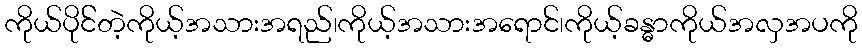
ကိုယ်ပိုင််တဲ့ကိုယ့်အသားအရည်၊ကိုယ့်အသားအရောင်၊ကိုယ့်ခန္ဓာကိုယ်အလှအပကို